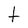
Character: t